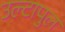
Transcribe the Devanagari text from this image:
उल्‍टापुल